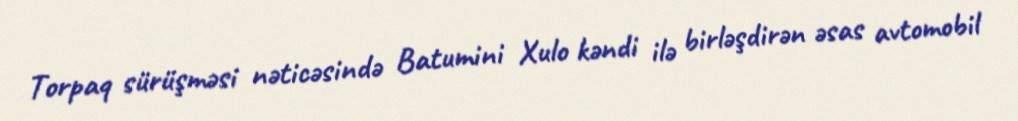
Torpaq sürüşməsi nəticəsində Batumini Xulo kəndi ilə birləşdirən əsas avtomobil